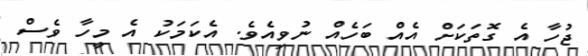
ޖުހާ އެ ގޮތަކަށް އެއް ބަހެއް ނުވިއެވެ. އެކަމަކު އެ މީހާ ވެސް